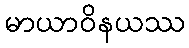
မာယာဝိနယဿ